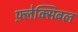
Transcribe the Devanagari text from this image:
फ़्लेक्सिबल